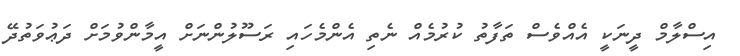
އިސްލާމް ދީނަކީ އެއްވެސް ތަފާތު ކުރުމެއް ނެތި އެންމެހައި ރަސޫލުންނަށް އީމާންވުމަށް ދަޢުވަތުދޭ